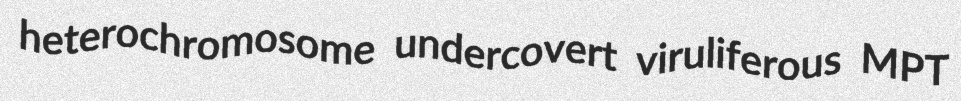
heterochromosome undercovert viruliferous MPT